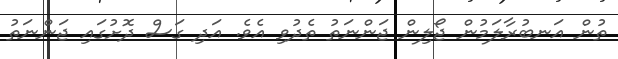
ތުން އަނބުރާލަމުން ޖޯލިން ޖަންނަތު ތެދުވި އެވެ. އަދި ގަސް ދޮށުގައި ޖަންނަތު